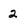
Character: 2